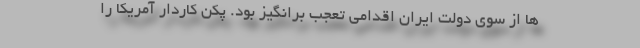
ها از سوی دولت ایران اقدامی تعجب برانگیز بود. پکن کاردار آمریکا را